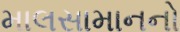
માલસામાનનો